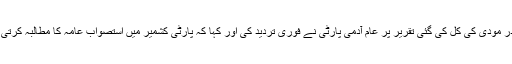
نریندر مودی کی کل کی گئی تقریر پر عام آدمی پارٹی نے فوری تردید کی اور کہا کہ پارٹی کشمیر میں استصواب عامہ کا مطالبہ کرتی ہے۔